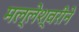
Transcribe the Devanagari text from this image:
मल्लेश्वरीने